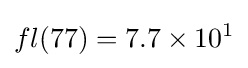
fl(77)=7.7\times 10^{1}